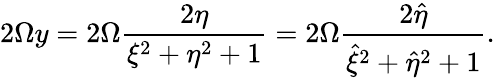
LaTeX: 2\Omega y=2\Omega\frac{2\eta}{\xi^{2}+\eta^{2}+1}=2\Omega\frac{2\hat{\eta}}{\hat{\xi}^{2}+\hat{\eta}^{2}+1}.